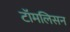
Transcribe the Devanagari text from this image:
टॉमलिसन